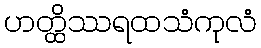
ဟတ္ထိဿရထသံကုလံ